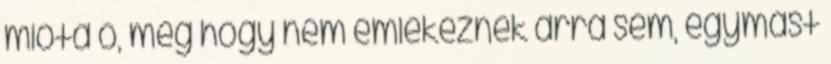
mióta ő, meg hogy nem emlékeznek arra sem, egymást